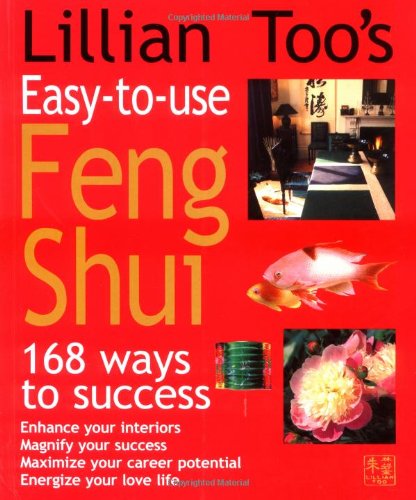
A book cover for Lillian Too's Easy-to-Use Feng Shui: 168 Ways to Success; Lillian Too; Religion & Spirituality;